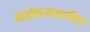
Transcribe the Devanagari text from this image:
संशोधनामागील